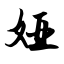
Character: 娅